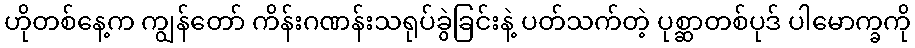
ဟိုတစ်နေ့က ကျွန်တော် ကိန်းဂဏန်းသရုပ်ခွဲခြင်းနဲ့ ပတ်သက်တဲ့ ပုစ္ဆာတစ်ပုဒ် ပါမောက္ခကို